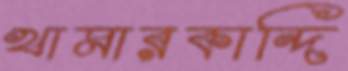
খামারকান্দি